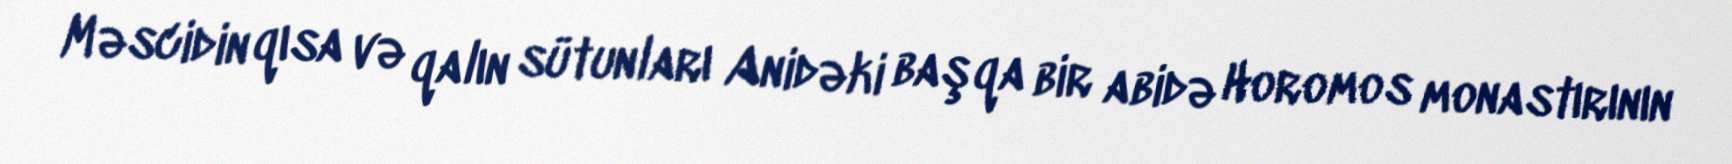
Məscidin qısa və qalın sütunları Anidəki başqa bir abidə Horomos monastırının